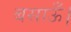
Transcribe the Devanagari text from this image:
बसाऊँ।